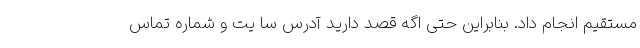
مستقیم انجام داد. بنابراین حتی اگه قصد دارید آدرس سا یت و شماره تماس